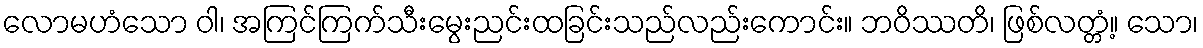
လောမဟံသော ဝါ၊ အကြင်ကြက်သီးမွေးညင်းထခြင်းသည်လည်းကောင်း။ ဘဝိဿတိ၊ ဖြစ်လတ္တံ့။ သော၊